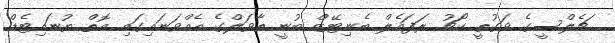
ޗެލްސީގެ ވަގުތީ ކޯޗު ރަފައެލް ބެނިޓޭޒް ބުނީ ތާވަލްގެ އެއްވަނައިގައި އޮތް ޔުނައިޓެޑް